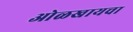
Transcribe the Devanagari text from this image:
ओळखायचा